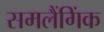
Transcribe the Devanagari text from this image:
समलैंगिंक